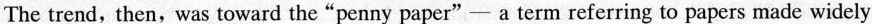
The trend, then, was toward the“penny paper"-a term referring to papers made widely